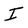
Character: I